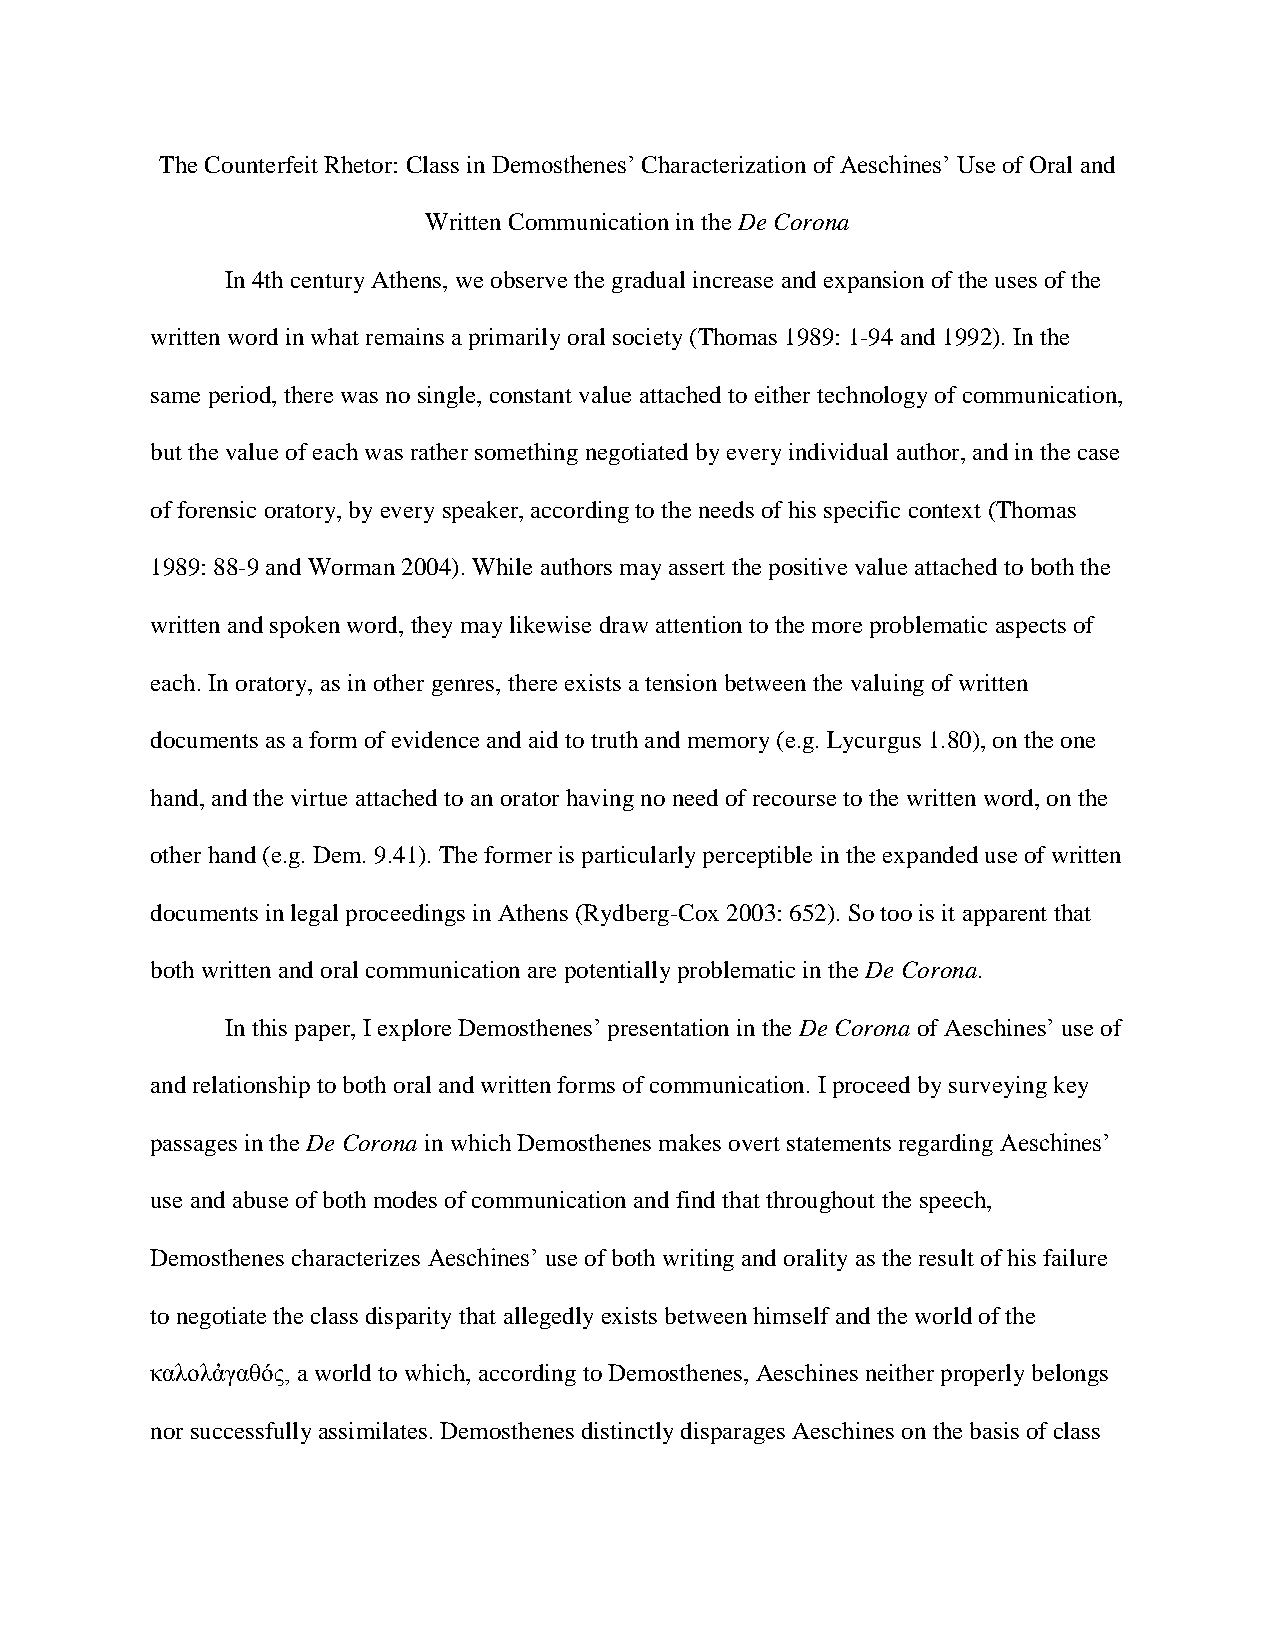
The Counterfeit Rhetor: Class in Demosthenes’ Characterization of Aeschines’ Use of Oral and
 Written Communication in the De Corona
 In 4th century Athens, we observe the gradual increase and expansion of the uses of the
 written word in what remains a primarily oral society (Thomas 1989: 1-94 and 1992). In the
 same period, there was no single, constant value attached to either technology of communication,
 but the value of each was rather something negotiated by every individual author, and in the case
 of forensic oratory, by every speaker, according to the needs of his specific context (Thomas
 1989: 88-9 and Worman 2004). While authors may assert the positive value attached to both the
 written and spoken word, they may likewise draw attention to the more problematic aspects of
 each. In oratory, as in other genres, there exists a tension between the valuing of written
 documents as a form of evidence and aid to truth and memory (e.g. Lycurgus 1.80), on the one
 hand, and the virtue attached to an orator having no need of recourse to the written word, on the
 other hand (e.g. Dem. 9.41). The former is particularly perceptible in the expanded use of written
 documents in legal proceedings in Athens (Rydberg-Cox 2003: 652). So too is it apparent that
 both written and oral communication are potentially problematic in the De Corona.
 In this paper, I explore Demosthenes’ presentation in the De Corona of Aeschines’ use of
 and relationship to both oral and written forms of communication. I proceed by surveying key
 passages in the De Corona in which Demosthenes makes overt statements regarding Aeschines’
 use and abuse of both modes of communication and find that throughout the speech,
 Demosthenes characterizes Aeschines’ use of both writing and orality as the result of his failure
 to negotiate the class disparity that allegedly exists between himself and the world of the
 καλολἀγαθός, a world to which, according to Demosthenes, Aeschines neither properly belongs
 nor successfully assimilates. Demosthenes distinctly disparages Aeschines on the basis of class